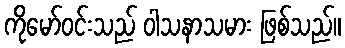
ကိုမော်ဝင်းသည် ဝါသနာသမား ဖြစ်သည်။